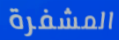
المشفرة